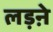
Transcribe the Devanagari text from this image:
लड़ऩे